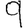
Digit: 9